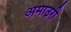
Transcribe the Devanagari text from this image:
अमाउरी